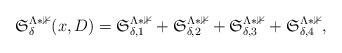
LaTeX: \begin{align*}\mathfrak{S}_{\delta}^{\Lambda*\mathbb{1}}(x, D)= \mathfrak{S}_{\delta, 1}^{\Lambda*\mathbb{1}} + \mathfrak{S}_{\delta, 2}^{\Lambda*\mathbb{1}} + \mathfrak{S}_{\delta, 3}^{\Lambda*\mathbb{1}} + \mathfrak{S}_{\delta, 4}^{\Lambda*\mathbb{1}},\end{align*}